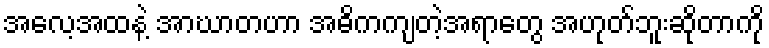
အလေ့အထနဲ့ အာဃာတဟာ အဓိကကျတဲ့အရာတွေ အဟုတ်ဘူးဆိုတာကို